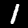
Digit: 1